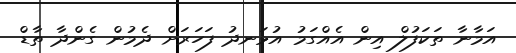
އަމާނާ ތަކަފުލް އިން އެއްގަމު އުޅަނދު ފަހަރަށް ދެމުން ގެންދާ ތާޑް